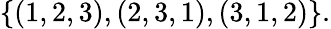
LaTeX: \{ (1,2,3),(2,3,1),(3,1,2)\} .